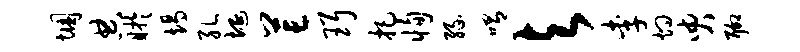
悃典盱竭孔埏芒珥把恂缘喟与李灼臾聊